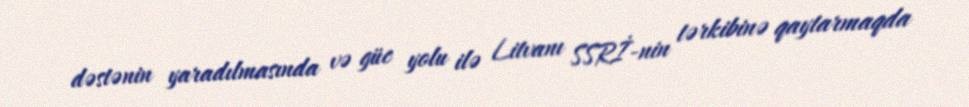
dəstənin yaradılmasında və güc yolu ilə Litvanı SSRİ-nin tərkibinə qaytarmaqda